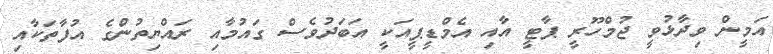
އަމީން ވިދާޅުވީ ޖުމްހޫރީ ޕާޓީ އާއި އެމްޑީޕީއަކީ އަބަދުވެސް ގައުމާއި ރައްޔިތުންގެ އުފާތަކާއި